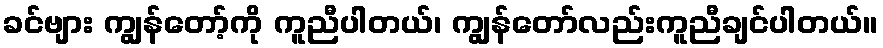
ခင်ဗျား ကျွန်တော့်ကို ကူညီပါတယ်၊ ကျွန်တော်လည်းကူညီချင်ပါတယ်။